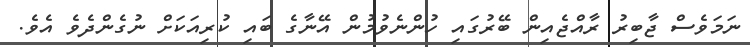
ނަމަވެސް ޖާބިރު ރާއްޖެއިން ބޭރުގައި ހުންނެވުމުން އޭނާގެ ބައި ކުރިއަކަށް ނުގެންދެވެ އެވެ.